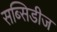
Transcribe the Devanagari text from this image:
सब्सिडीज